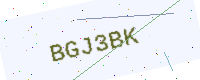
Text: BGJ3BK